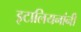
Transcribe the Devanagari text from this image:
इटालियनांनी